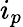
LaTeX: i_{p}